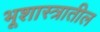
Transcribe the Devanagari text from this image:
भूशास्त्रातील